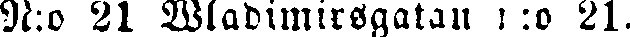
N:o 21 Wladimirsgatan n:o 21.